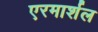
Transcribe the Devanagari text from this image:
एरमार्शल